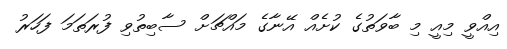
އިއްވީ މިއީ މި ބާވަތުގެ ކުށެއް އޭނާގެ މައްޗަށް ސާބިތުވި ފުރަތަމަ ފަހަރު